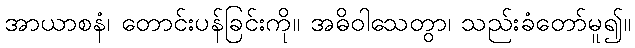
အာယာစနံ၊ တောင်းပန်ခြင်းကို။ အဓိဝါသေတွာ၊ သည်းခံတော်မူ၍။